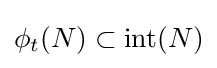
\phi _{t}(N)\subset \mathrm {int} (N)